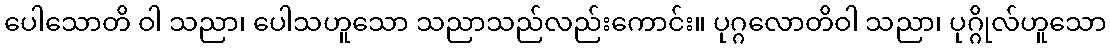
ပေါသောတိ ဝါ သညာ၊ ပေါသဟူသော သညာသည်လည်းကောင်း။ ပုဂ္ဂလောတိဝါ သညာ၊ ပုဂ္ဂိုလ်ဟူသော